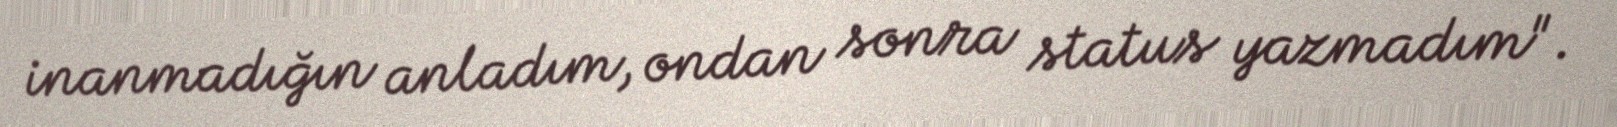
inanmadığın anladım, ondan sonra status yazmadım".